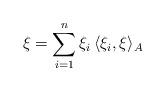
LaTeX: \begin{align*}\xi = \sum_{i=1}^n \xi_i \, \langle \xi_i,\xi\rangle_A\end{align*}